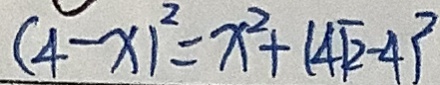
( 4 - x ) ^ { 2 } = x ^ { 2 } + ( 4 \sqrt { 2 } - 4 ) ^ { 2 }